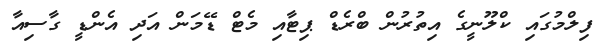
ފިލްމުގައި ކްލޫނީގެ އިތުރުން ބްރެޑް ޕިޓާއި މެޓް ޑޭމަން އަދި އެންޑީ ގާސިއާ